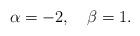
LaTeX: \begin{align*}\alpha=-2,\quad \beta=1.\end{align*}